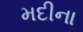
મદીના